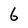
Character: 6